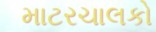
માટરચાલકો